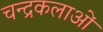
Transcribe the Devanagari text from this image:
चन्द्रकलाओं